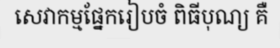
សេវាកម្មផ្នែករៀបចំ ពិធីបុណ្យ គឺ